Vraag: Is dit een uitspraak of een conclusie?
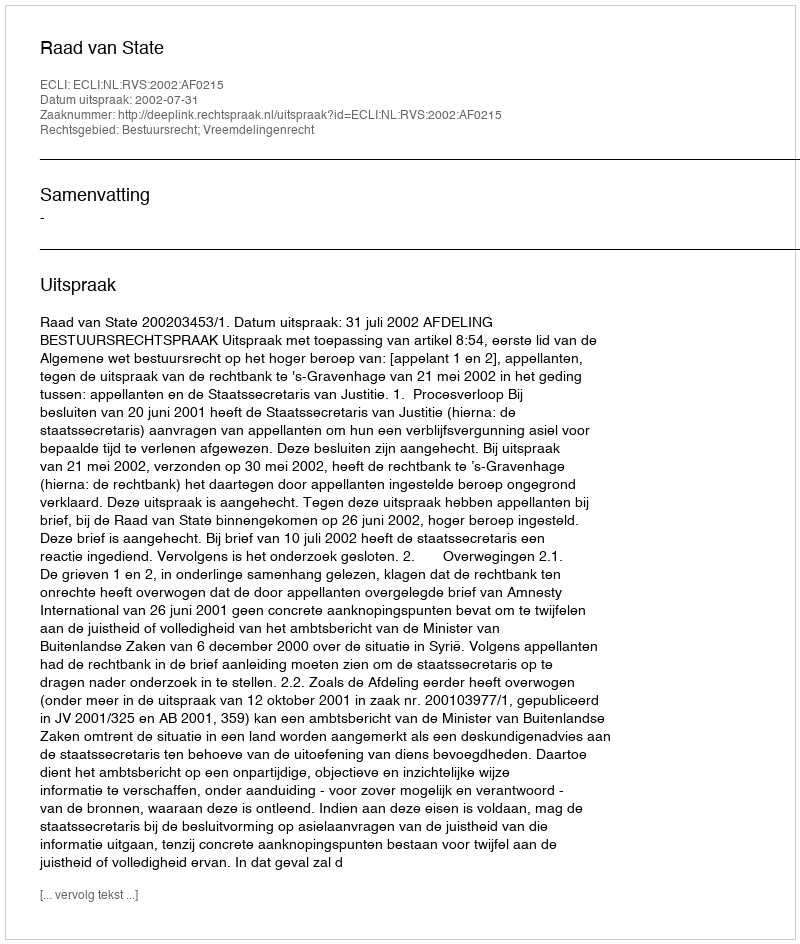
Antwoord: Uitspraak